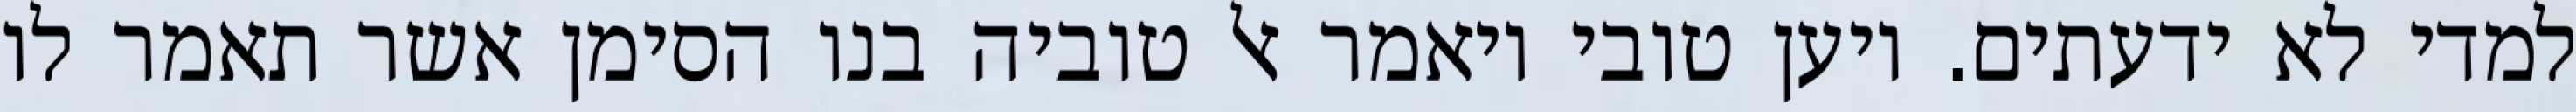
למדי לא ידעתים. ויען טובי ויאמר אל טוביה בנו הסימן אשר תאמר לו